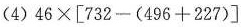
(4)$$46\times \left [732-(496+227)\right ]$$